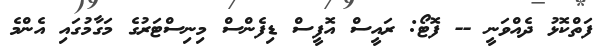
ފަތްކޮޅު ދެއްވަނީ -- ފޮޓޯ: ރައީސް އޮފީސް ޑިފެންސް މިނިސްޓަރުގެ މަގާމުގައި އެންމެ